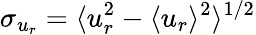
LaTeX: \sigma_{u_{r}}=\langle u_{r}^{2}-\langle u_{r}\rangle^{2}\rangle^{1/2}